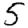
Digit: 5